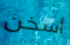
أسخن